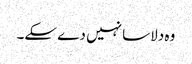
وہ دلاسا نہیں دے سکے۔